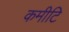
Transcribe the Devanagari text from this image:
कमीटि